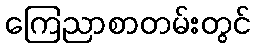
ကြေညာစာတမ်းတွင်